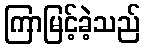
ကြာမြင့်ခဲ့သည်